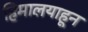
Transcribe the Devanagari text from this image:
हिमालयाहून